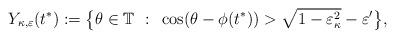
LaTeX: \begin{align*}Y_{\kappa,\varepsilon}(t^{*}):=\big\{ \theta\in\mathbb{T} ~ : ~ \cos(\theta-\phi(t^*))>\sqrt{1-\varepsilon_{\kappa}^{2}}-\varepsilon^{\prime} \big\},\end{align*}